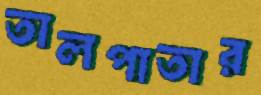
তালপাতার